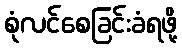
စုံလင်စေခြင်းခံရဖို့